Vaccine operations Central Provinces & Berar 1912-1920 - 1912-1920
Year: 1912
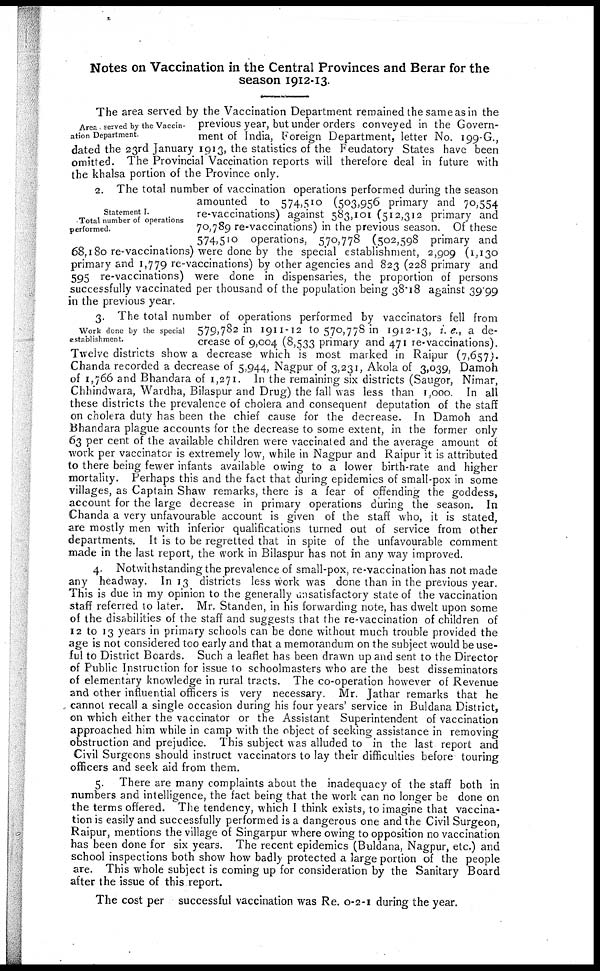
Notes on Vaccination in the Central Provinces and Berar for the
season 1912-13.
Area served by the Vaccin-
ation Department.
The area served by the Vaccination Department remained the same as in the
previous year, but under orders conveyed in the Govern-
ment of India, Foreign Department, letter No. 199-G.,
dated the 23rd January 1913, the statistics of the Feudatory States have been
omitted. The Provincial Vaccination reports will therefore deal in future with
the khalsa portion of the Province only.
Statement I.
Total number of operations
performed.
2. The total number of vaccination operations performed during the season
amounted to 574,510 (503,956 primary and 70,554
re-vaccinations) against 583,101 (512,312 primary and
70,789 re-vaccinations) in the previous season. Of these
574,510 operations, 570,778 (502,598 primary and
68,180 re-vaccinations) were done by the special establishment, 2,909 (1,130
primary and 1,779 re-vaccinations) by other agencies and 823 (228 primary and
595 re-vaccinations) were done in dispensaries, the proportion of persons
successfully vaccinated per thousand of the population being 38.18 against 39.99
in the previous year.
Work done by the special
establishment.
3. The total number of operations performed by vaccinators fell from
579,782 in 1911-12 to 570,778 in 1912-13, i.e., a de-
crease of 9,004 (8,533 primary and 471 re-vaccinations).
Twelve districts show a decrease which is most marked in Raipur (7,657).
Chanda recorded a decrease of 5,944, Nagpur of 3,231, Akola of 3,039, Damoh
of 1,766 and Bhandara of 1,271. In the remaining six districts (Saugor, Nimar,
Chhindwara, Wardha, Bilaspur and Drug) the fall was less than 1,000. In all
these districts the prevalence of cholera and consequent deputation of the staff
on cholera duty has been the chief cause for the decrease. In Damoh and
Bhandara plague accounts for the decrease to some extent, in the former only
63 per cent of the available children were vaccinated and the average amount of
work per vaccinator is extremely low, while in Nagpur and Raipur it is attributed
to there being fewer infants available owing to a lower birth-rate and higher
mortality. Perhaps this and the fact that during epidemics of small-pox in some
villages, as Captain Shaw remarks, there is a fear of offending the goddess,
account for the large decrease in primary operations during the season. In
Chanda a very unfavourable account is given of the staff who, it is stated,
are mostly men with inferior qualifications turned out of service from other
departments. It is to be regretted that in spite of the unfavourable comment
made in the last report, the work in Bilaspur has not in any way improved.
4. Notwithstanding the prevalence of small-pox, re-vaccination has not made
any headway. In 13 districts less work was done than in the previous year.
This is due in my opinion to the generally unsatisfactory state of the vaccination
staff referred to later. Mr. Standen, in his forwarding note, has dwelt upon some
of the disabilities of the staff and suggests that the re-vaccination of children of
12 to 13 years in primary schools can be done without much trouble provided the
age is not considered too early and that a memorandum on the subject would be use-
ful to District Boards. Such a leaflet has been drawn up and sent to the Director
of Public Instruction for issue to schoolmasters who are the best disseminators
of elementary knowledge in rural tracts. The co-operation however of Revenue
and other influential officers is very necessary. Mr. Jathar remarks that he
cannot recall a single occasion during his four years' service in Buldana District,
on which either the vaccinator or the Assistant Superintendent of vaccination
approached him while in camp with the object of seeking assistance in removing
obstruction and prejudice. This subject was alluded to in the last report and
Civil Surgeons should instruct vaccinators to lay their difficulties before touring
officers and seek aid from them.
5. There are many complaints about the inadequacy of the staff both in
numbers and intelligence, the fact being that the work can no longer be done on
the terms offered. The tendency, which I think exists, to imagine that vaccina-
tion is easily and successfully performed is a dangerous one and the Civil Surgeon,
Raipur, mentions the village of Singarpur where owing to opposition no vaccination
has been done for six years. The recent epidemics (Buldana, Nagpur, etc.) and
school inspections both show how badly protected a large portion of the people
are. This whole subject is coming up for consideration by the Sanitary Board
after the issue of this report.
The cost per successful vaccination was Re. 0-2-1 during the year.